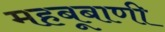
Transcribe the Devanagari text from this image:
महबूबाणी